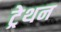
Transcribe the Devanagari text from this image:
ट्रेथन